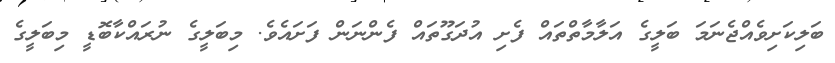
ބަލިކަށިވެއްޖެނަމަ ބަލީގެ އަލާމާތްތައް ފެށި އުދަގޫތައް ފެންނަން ފަށައެވެ. މިބަލީގެ ނުރައްކާބޮޑީ މިބަލީގެ